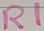
Text: R1